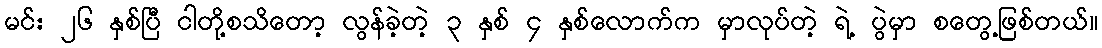
မင်း ၂၆ နှစ်ပြီ ငါတို့စသိတော့ လွန်ခဲ့တဲ့ ၃ နှစ် ၄ နှစ်လောက်က မှာလုပ်တဲ့ ရဲ့ ပွဲမှာ စတွေ့ဖြစ်တယ်။